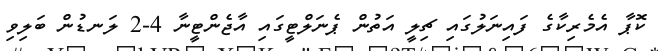
ކޮޕާ އެމެރިކާގެ ފައިނަލުގައި ޗިލީ އަތުން ޕެނަލްޓީގައި އާޖެންޓީނާ 4-2 ލަނޑުން ބަލިވި